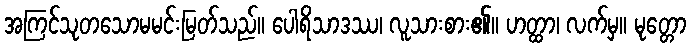
အကြင်သုတသောမမင်းမြတ်သည်။ ပေါရိသာဒဿ၊ လူသားစား၏။ ဟတ္ထာ၊ လက်မှ။ မုတ္တော